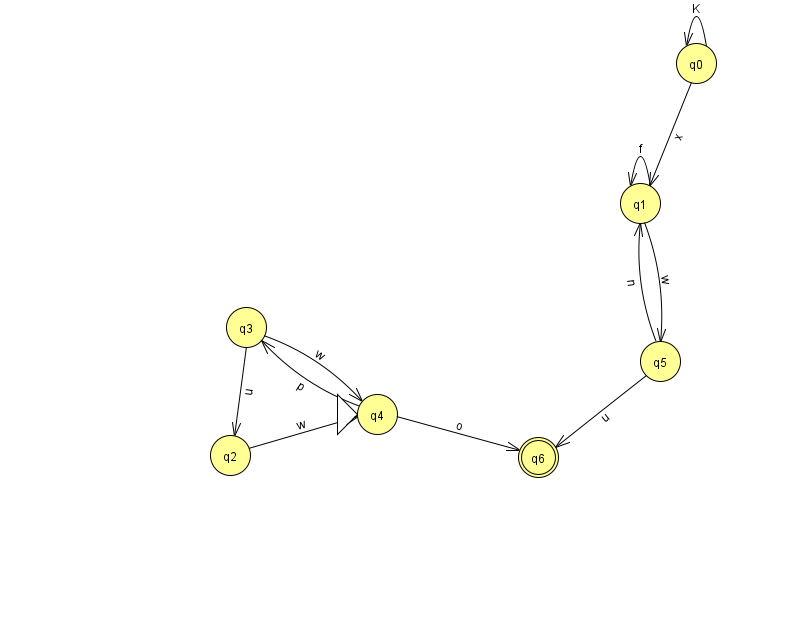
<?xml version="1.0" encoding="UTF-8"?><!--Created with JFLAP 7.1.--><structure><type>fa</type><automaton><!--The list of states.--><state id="0" name="q0"><x>696.0</x><y>50.0</y></state><state id="1" name="q1"><x>640.0</x><y>190.0</y></state><state id="2" name="q2"><x>230.0</x><y>442.0</y></state><state id="3" name="q3"><x>246.0</x><y>314.0</y></state><state id="4" name="q4"><x>377.0</x><y>401.0</y><initial/></state><state id="5" name="q5"><x>660.0</x><y>348.0</y></state><state id="6" name="q6"><x>538.0</x><y>444.0</y><final/></state><!--The list of transitions.--><transition><from>3</from><to>2</to><read>u</read></transition><transition><from>5</from><to>1</to><read>n</read></transition><transition><from>5</from><to>6</to><read>u</read></transition><transition><from>1</from><to>1</to><read>f</read></transition><transition><from>0</from><to>1</to><read>x</read></transition><transition><from>1</from><to>5</to><read>w</read></transition><transition><from>3</from><to>4</to><read>w</read></transition><transition><from>0</from><to>0</to><read>K</read></transition><transition><from>2</from><to>4</to><read>w</read></transition><transition><from>4</from><to>6</to><read>o</read></transition><transition><from>4</from><to>3</to><read>p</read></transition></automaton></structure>